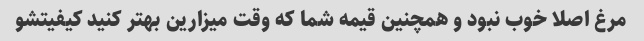
مرغ اصلا خوب نبود و همچنین قیمه شما که وقت میزارین بهتر کنید کیفیتشو